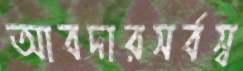
আবদারসর্বস্ব